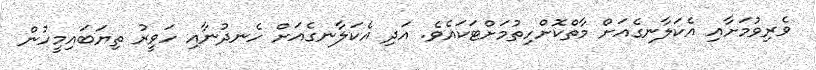
ވެރިވުމަށާއި އެކަލާނގެއަށް މާތްކޮށްހިތުމަށްޓަކައެވެ. އަދި އެކަލާނގެއަށް ހެނދުނާއި ހަވީރު ތިޔަބައިމީހުން